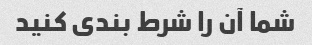
شما آن را شرط بندی کنید